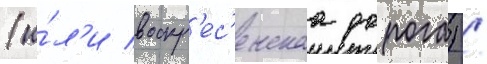
(и́л'и воскр'ес'енскаа дорога) /